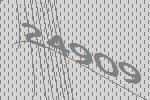
24909